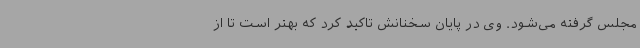
مجلس گرفته می‌شود. وی در پایان سخنانش تاکید کرد که بهتر است تا از